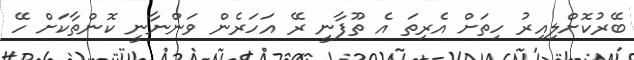
ބޭރުކޮށްލިއިރު ހިތަށް އެރިތަ އެ ތޫފާނީ ރޭ އަހަރެން ވަންނާނީ ކޮންތާކަށް ހޭ